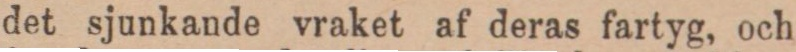
det sjunkande vraket af deras fartyg, och